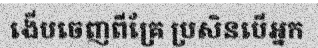
ងើបចេញពីគ្រែ ប្រសិនបើអ្នក